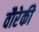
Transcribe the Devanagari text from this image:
वौरेकी